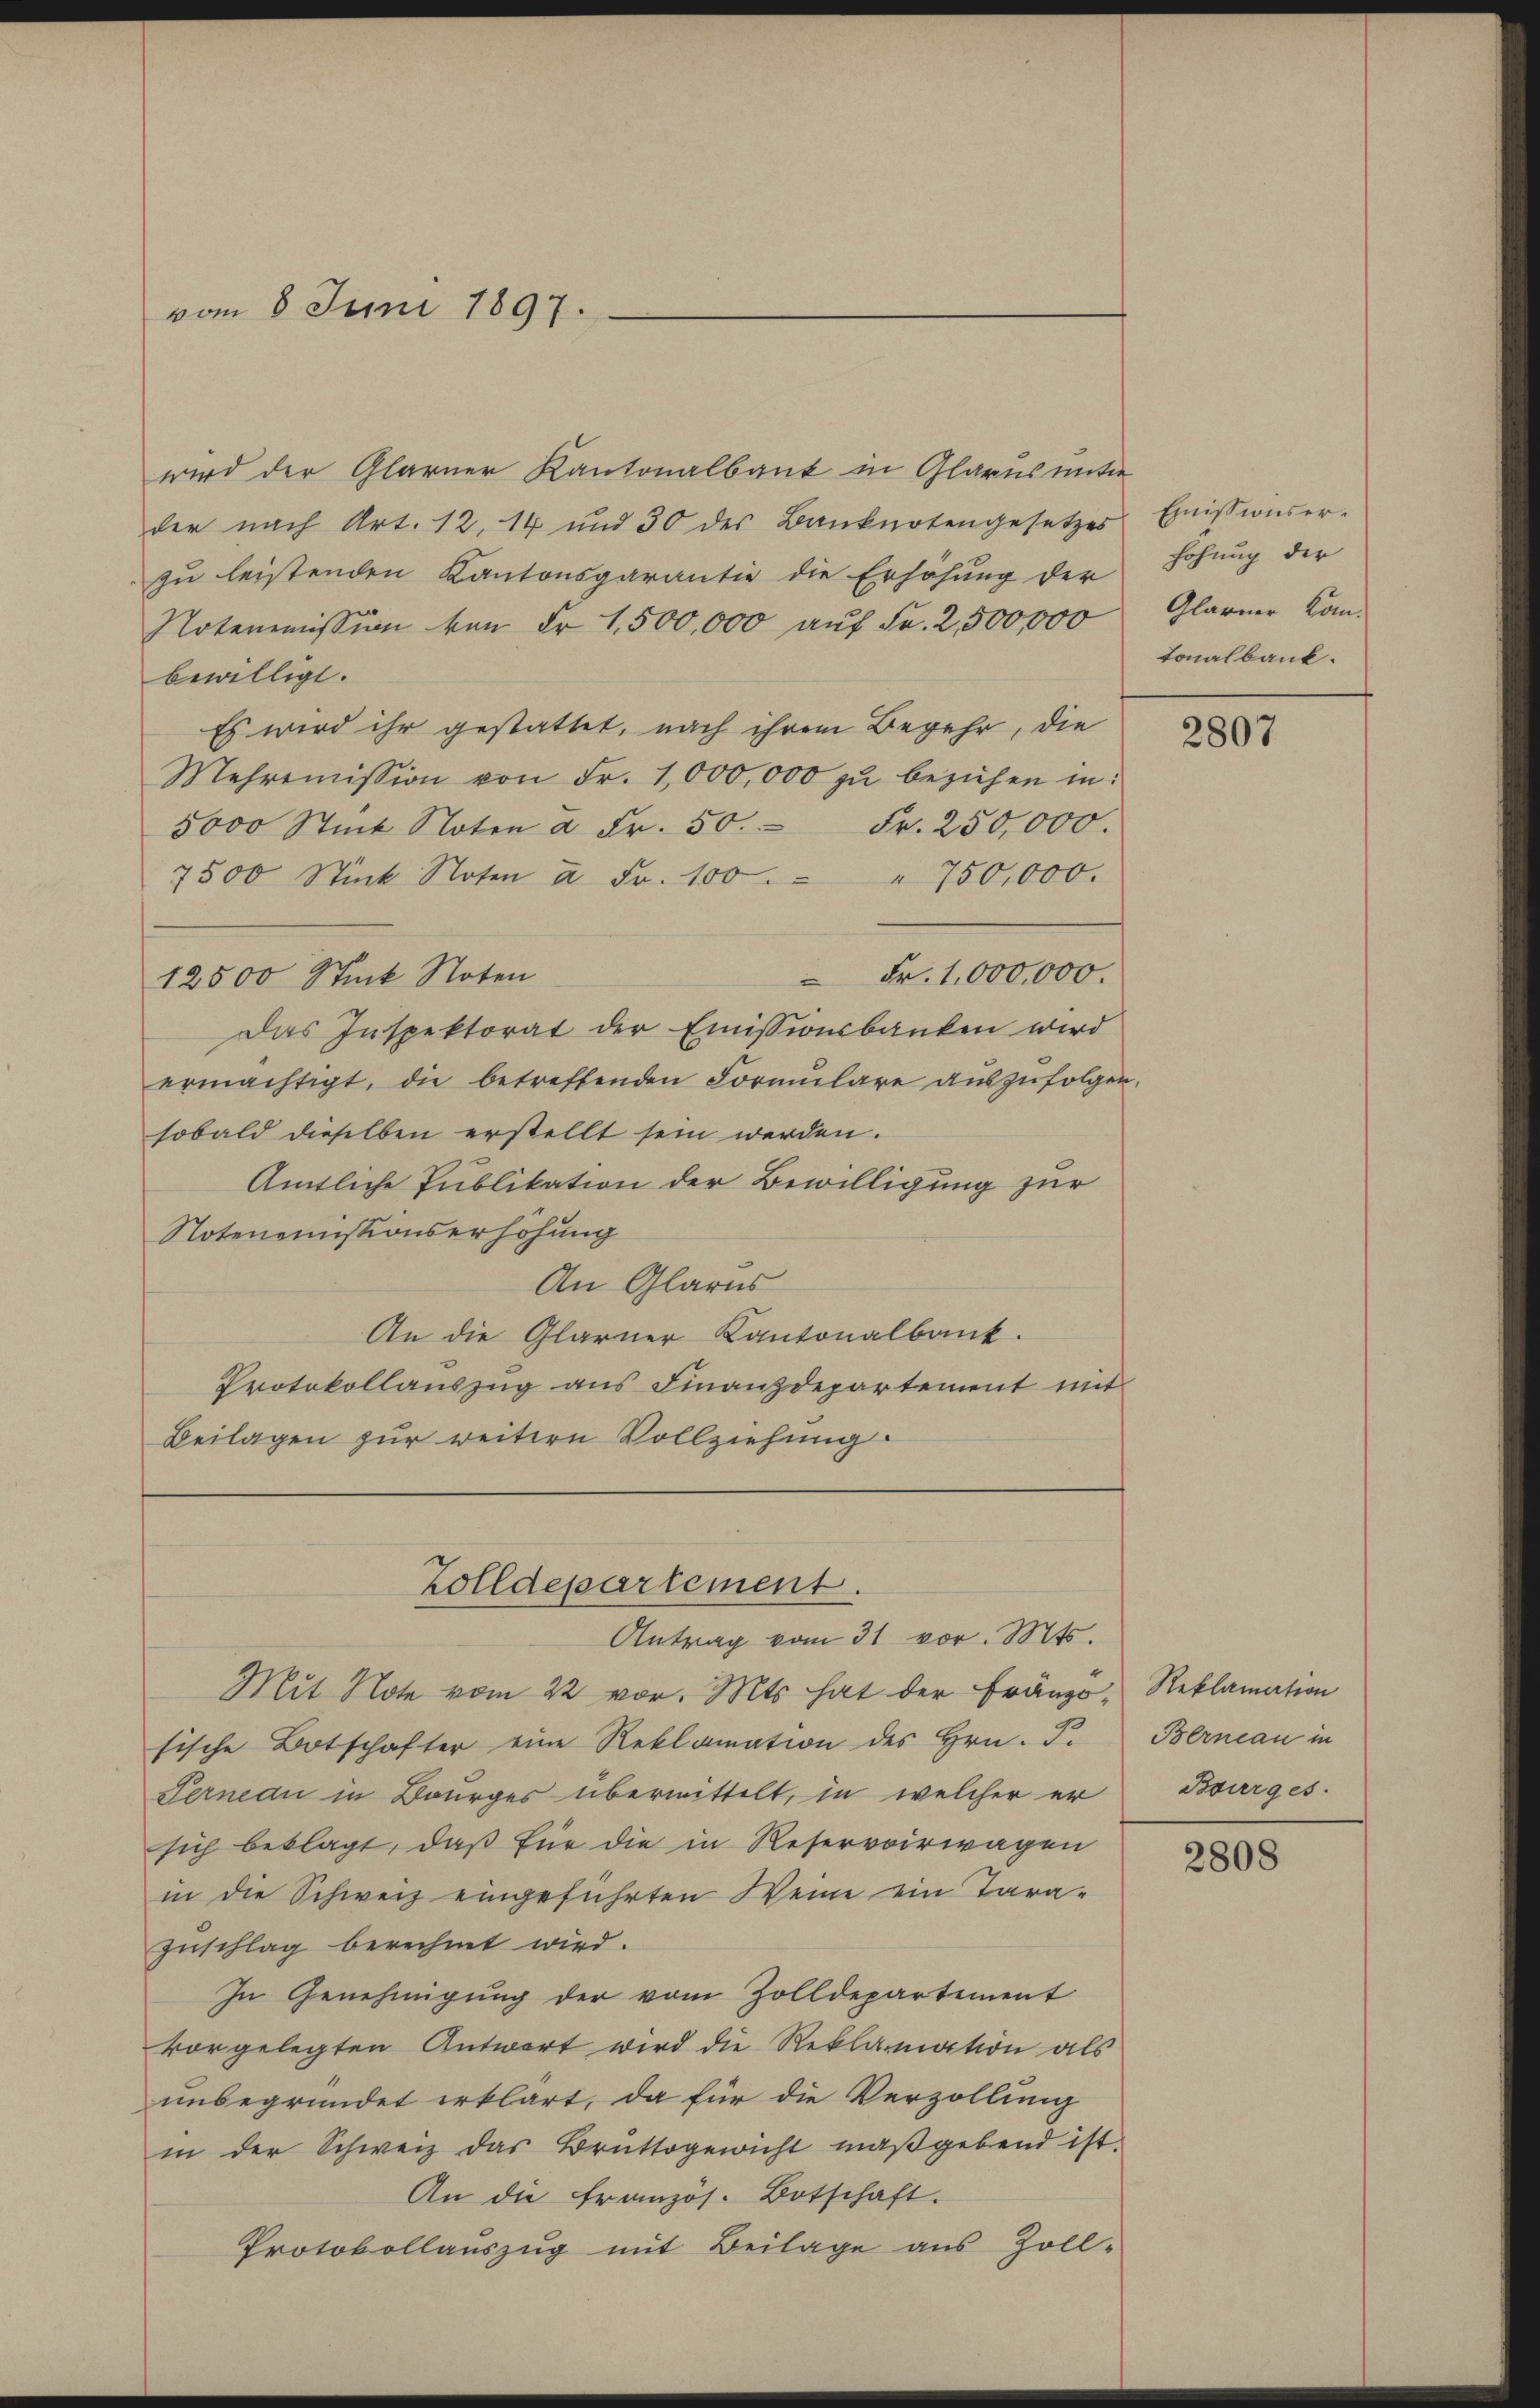
vom 8 Juni 1897.

wird der Glarner Kantonalbank in Glarus unter
der nach Art. 12. 14 und 30 des Banknotengesetzes
zu leistenden Kantonsgarantie die Erhöhung der
Noterimission von Fr. 1,500,000 auf Fr. 2,500,000
bewilligt.
Es wird ihr gestattet, nach ihrem Begehr, die
Mehromission von Fr. 1,000,000 zŭ beziehen in:
5000 Stück Noten à Fr. 50. Fr. 250,000.
7500 Stück Noten u. Fr. 100. " " 750,000.
Fr. 1,000,000.
12500 Stück Noten
Das Inspektorat der Emissionsbanken wird
ermächtigt, die betreffenden Formulare auszufolgen
sobald dieselben erstellt sein werden.
Amtliche Publikation der Bewilligung zur
Notenemissionserhöhung
An Glarus
An die Glarner Kantonalbank.
Protokollauszug aus Finanzdepartement mit
Beilagen zur weitern Vollziehung.

Zolldepartement.
Antrag vom 31 vor. Mts.

Mit Note vom 22 vor. Mts. hat der Franzö- Reklamation
sische Botschafter eine Reklamation des Hrn. F.
Terneau in Bourges übermittelt, in welcher er
sich beklagt, daß für die in Reservoirwagen
in die Schweiz eingeführten Weine ein Tara-
Zuschlag berechnet wird.
In Genehmigung der vom Zolldepartement
vorgelegten Antwort wird die Reklamation als
unbegründet erklärt, da für die Verzollung
in der Schweiz das Bruttogewicht maßgebend ist.
An die Französ. Botschaft.
Protokollauszug mit Beilage aus Zoll-

Emissionserhohung der
Glarner komtonalbank.

2807

Berneau in
Bourges.

2808